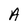
Character: A